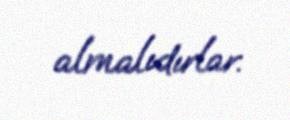
almalıdırlar.